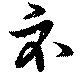
示